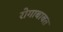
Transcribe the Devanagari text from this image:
रोगाबाबत